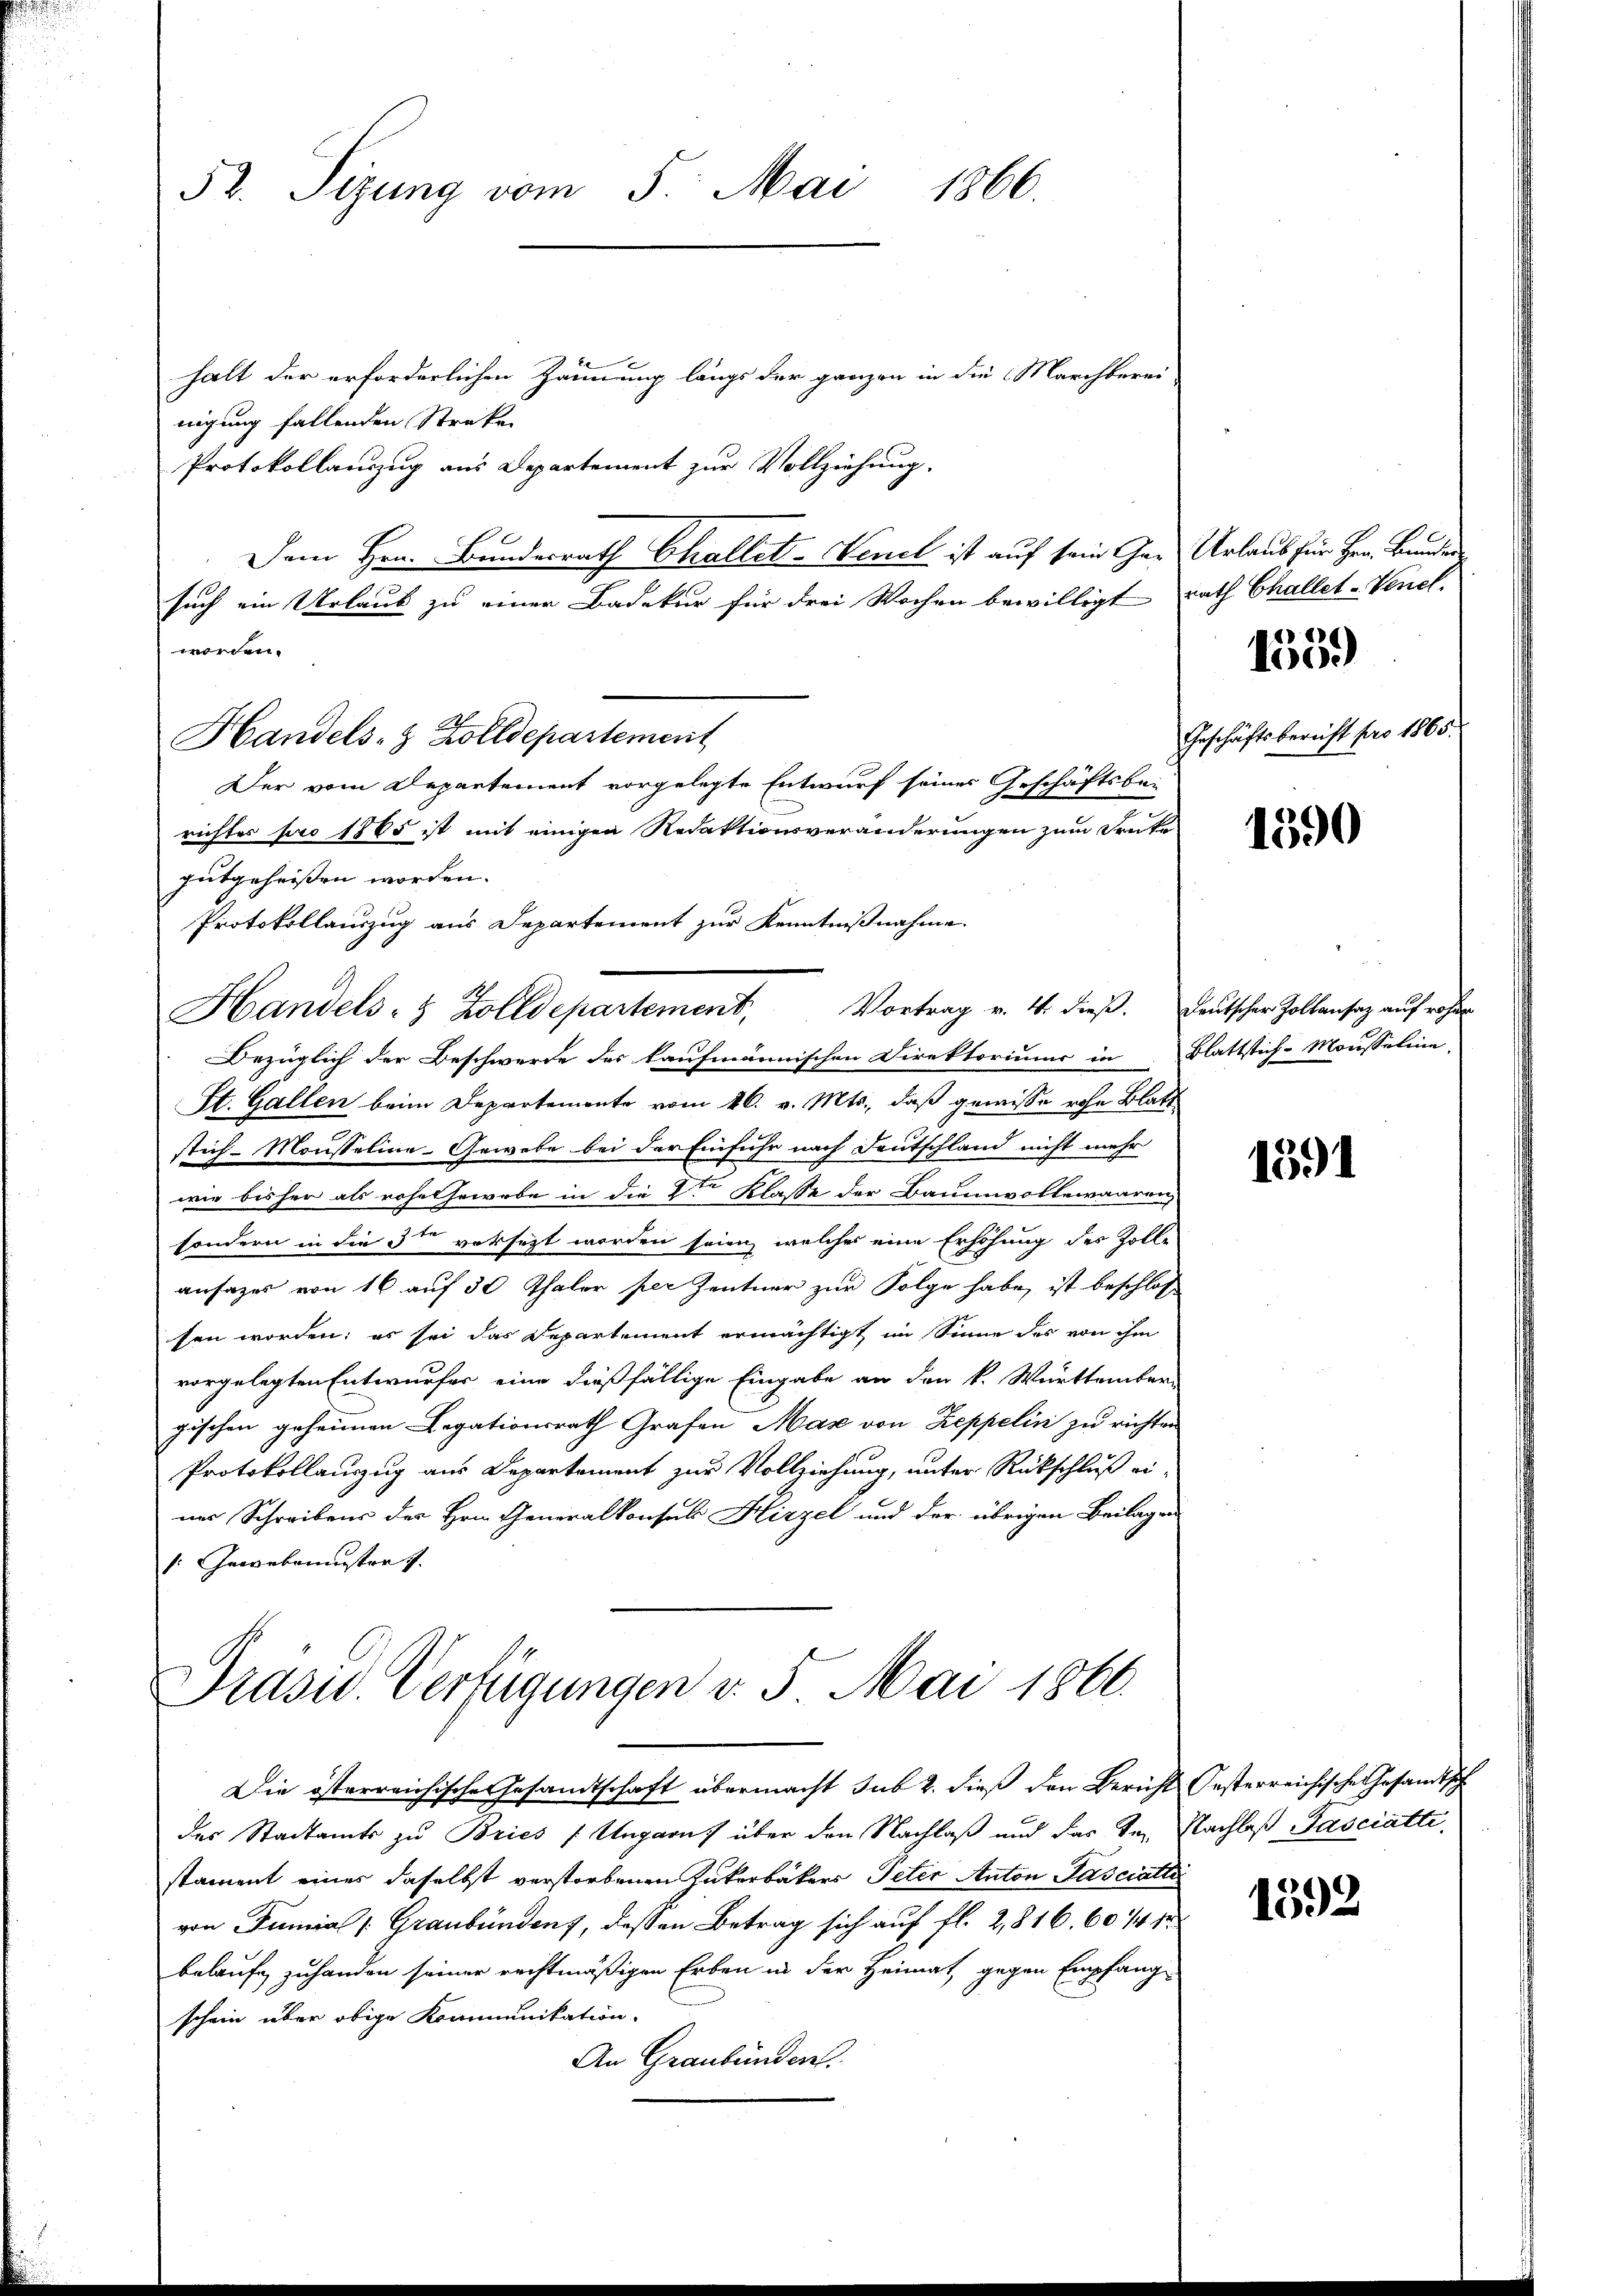
52. Sizung vom 5. Mai 1866.

halt der erforderlichen Zäunung längs der ganzen in die Marchberei
nigung fallenden Straken
Protokollauszug aus Departement zur Vollziehung.
Dem Hrn. Bundesrath Challet-Venet ist auf sein Gar Urlaub für Hrn. Bruder
such ein Urlaub zu einer Badekur für drei Wochen bewilligt rath Challet-Venel.
Der vom Departement vorgelegte Entwurf seines Geschäftsbe-
richtes pro 1865 ist mit einigen Redaktionsveränderungen zum Frate
gutgeheissen worden.
Protokollauszug aus Departement zur Kenntnißnahme.
Bezüglich der Beschwerde des kaufmännischen Direktoriums in Blattstich-Mousseline,
St. Gallen beim Departemente vom 26. v. Mts., daß gewisse rohe Blatt
stich-Mousseline-Gewebe bei der Einfuhr nach Deutschland nicht mehr
wie bisher als rohethewebe in die 2ten Klasse der Baumvollewaaren
sondern in die 5 versezt worden seien, welcher eine Erhöhung des Zolli-
ansazes von 16 auf 30 Thaler per Zentner zur Folge habe, ist beschlos
sen worden; es sei das Departement ermächtigt im Sinne des von ihm
vorgelegten Entwurfer eine dießfällige Eingabe an den k. Württember-
gischen geheimen Legationsrath Grafen Max von Zeppelin zu richten
Protokollauszug aus Departement zur Vollziehung, unter Rückschluß ei-
ner Schreibens der Hrn. Generalkonsul Hirzel und der übrigen Beilagen
: Gewebemuster s

worden.
Handels- & Zolldepartement

Handels- & Zolldepartement, Vortrag v. 4. dieβ. Deutscher Zollansaz auf rohe

Präsid. Verfügungen v. 5. Mai 1866.

des Stadtamts zu Bries Ungarns über den Nachlaß und das Inn Nachlaß Pasciatte
stament eines daselbst verstorbenen Zukerbäckers Peter Anton Pasciatte
von Junial [Graubünden, deßen Betrag sich auf fl. 2,816. 60 1/4 1
belaufe zuhanden seiner rechtmäßigen Erben in der Heimat, gegen Empfang
schein über obige Kommunikation
An Graubünden.

Die österreichische Gesandtschaft übermacht sub 2. dieß den Berichts Oesterreichische Gesandtsch

1
löc

Geschäftsbereicht pro 1865.

1590

1391

1392